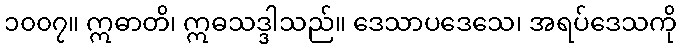
၁၀၀၇။ ဣဓာတိ၊ ဣဓသဒ္ဒါသည်။ ဒေသာပဒေသေ၊ အရပ်ဒေသကို